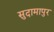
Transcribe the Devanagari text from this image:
सुदामापुर